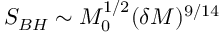
S _ { B H } \sim M _ { 0 } ^ { 1 / 2 } ( \delta M ) ^ { 9 / 1 4 }